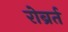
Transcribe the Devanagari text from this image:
रोब्रर्त